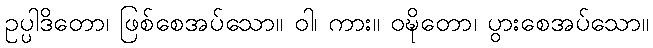
ဥပ္ပါဒိတော၊ ဖြစ်စေအပ်သော။ ဝါ၊ ကား။ ဝဍ္ဎိတော၊ ပွားစေအပ်သော။